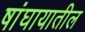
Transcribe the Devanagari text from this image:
षांघायातील